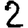
Digit: 2